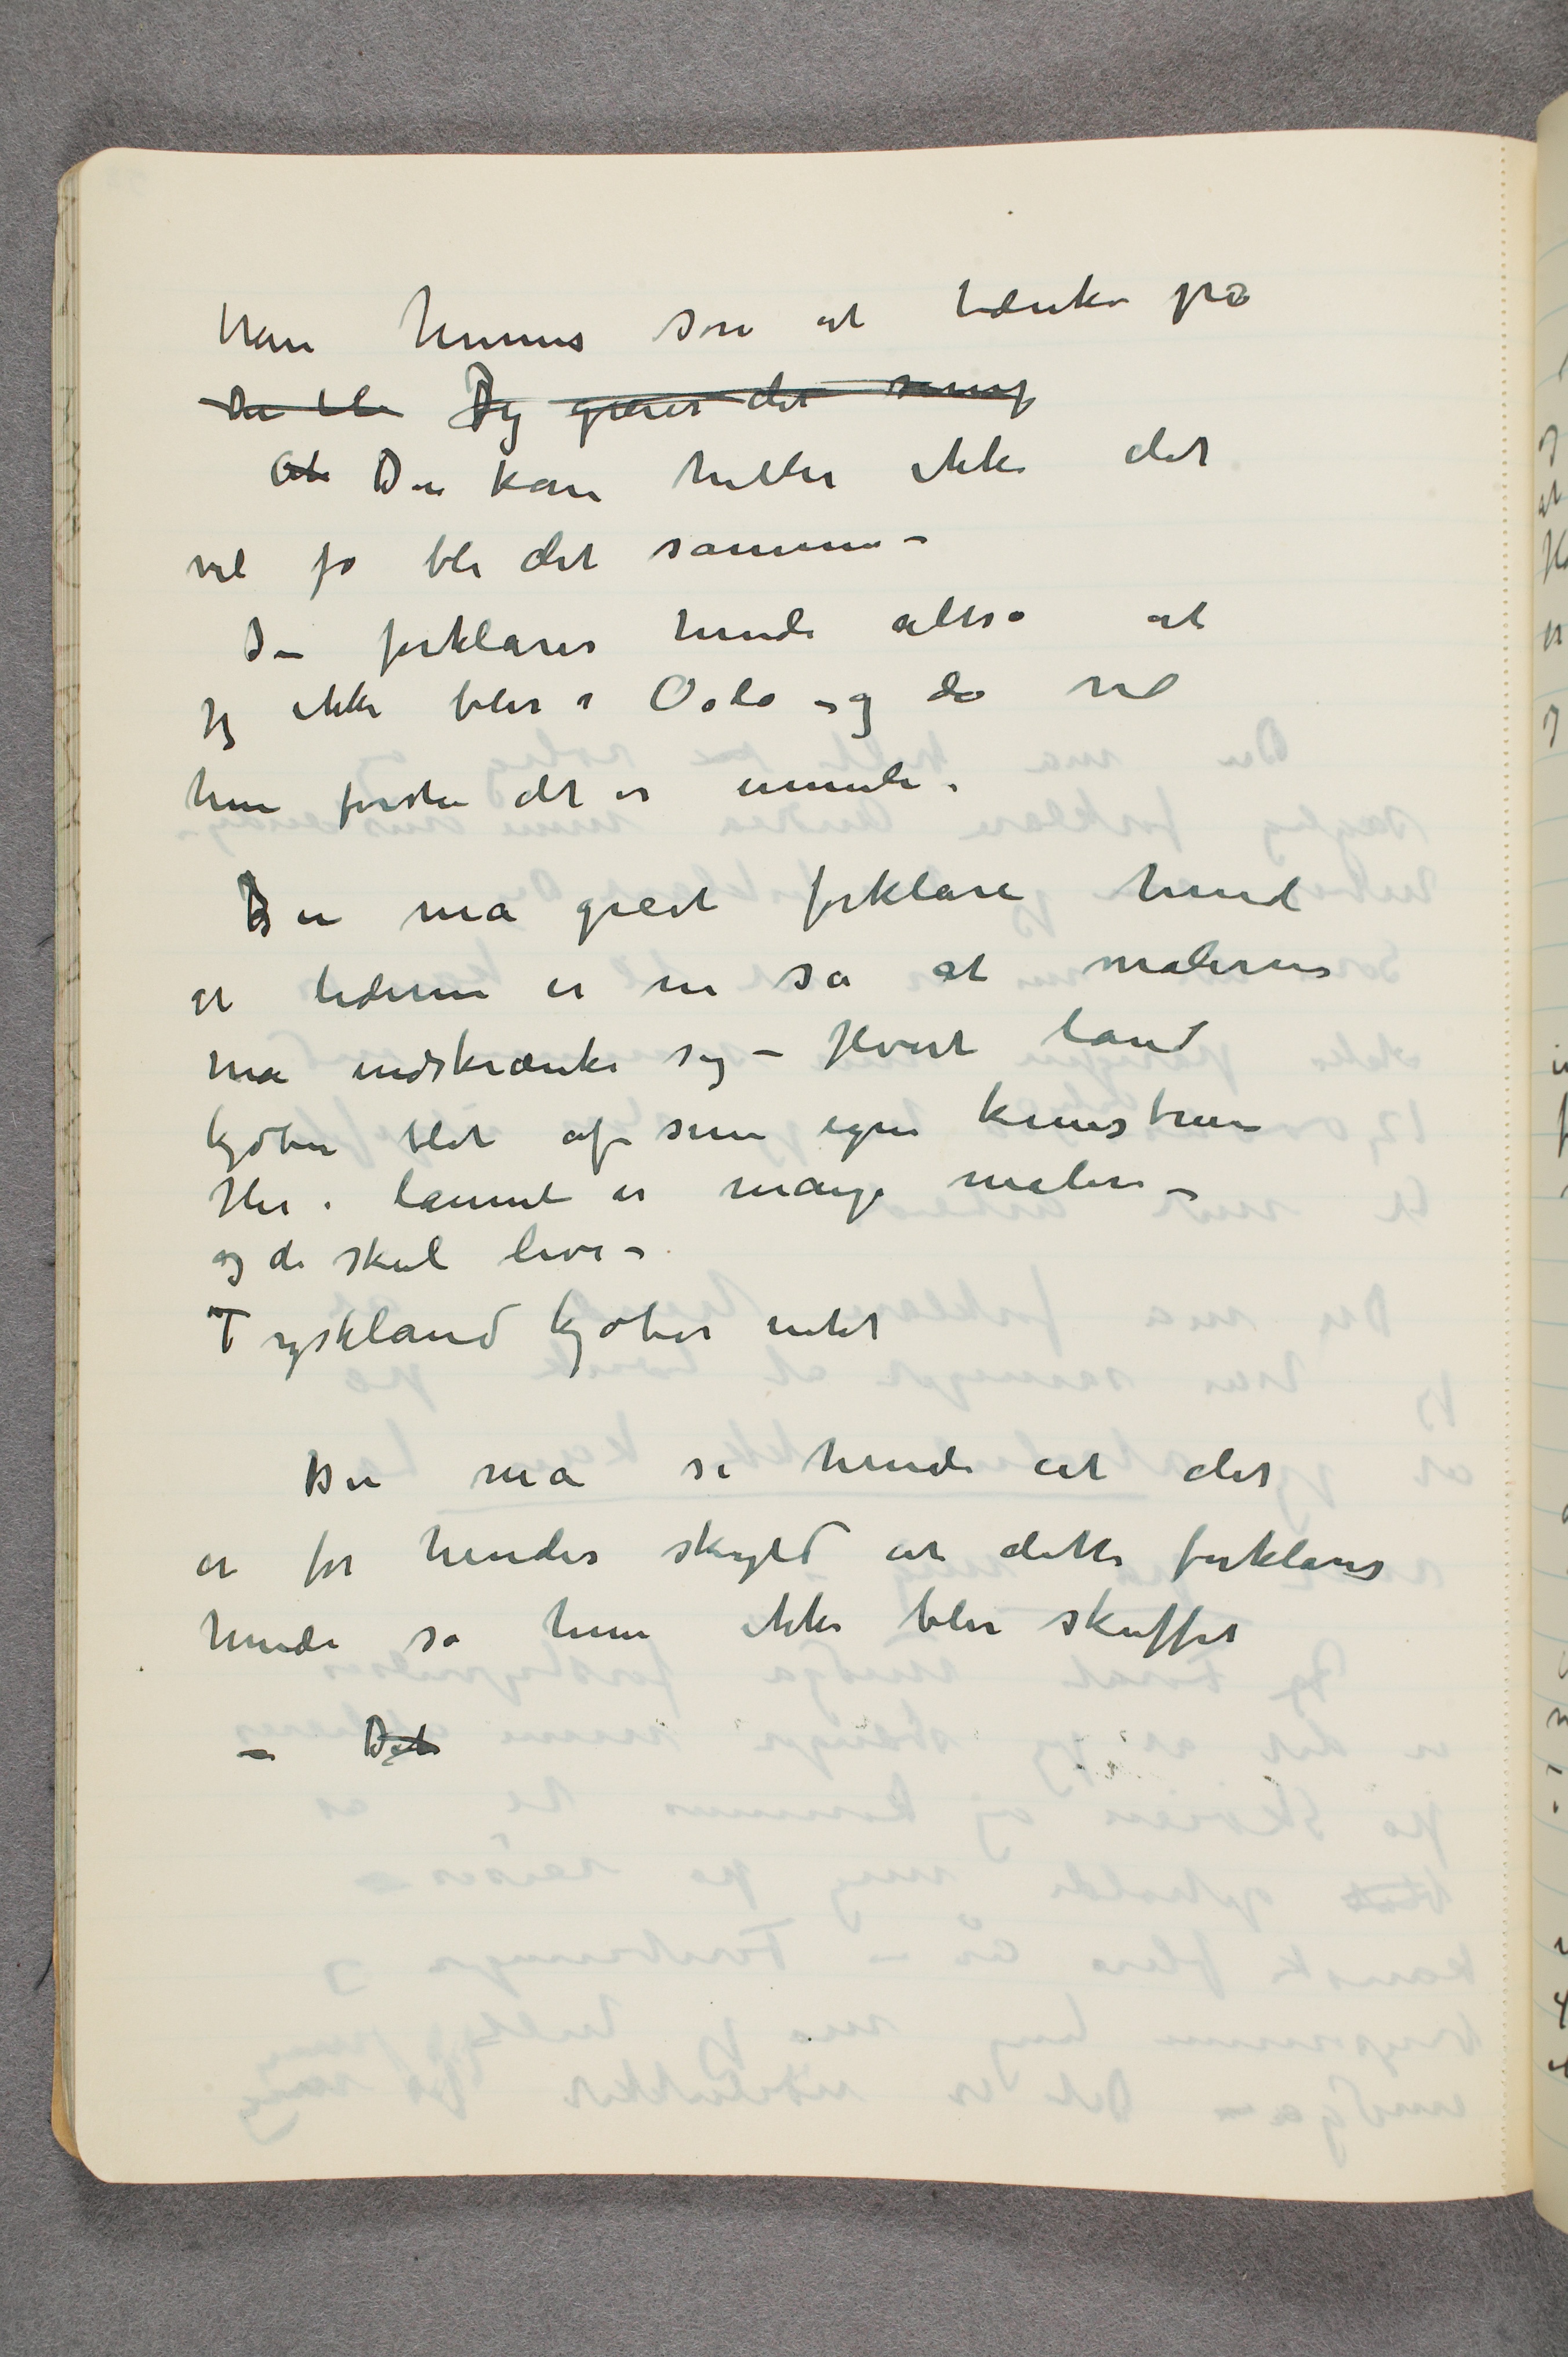
have hennes søn at tænke på
Der bl Jeg greier det såmeg
 At Du kan heller ikke det
vil jo bli det samme –
Du forklarer hende altså at
jeg ikke blir i Oslo og da vil
hun forstå det er umuli.
Du må greit forklare hende
at tiderne er nu så at malerne
må indskrænke sig – Hvert land
kjøber blot af sine egne kunstnere
Her i lannet er mange malere –
og de skal leve –
Tyskland kjøber intet
Du må si hende at det
er for hendes skyld at dette forklares
hende så hun ikke blir skuffet
– Det